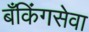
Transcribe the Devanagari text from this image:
बँकिंगसेवा